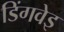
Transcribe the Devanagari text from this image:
डिंगवेइ